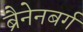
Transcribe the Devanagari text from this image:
ब्रैनेनबर्ग